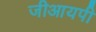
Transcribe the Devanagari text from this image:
जीआयपी